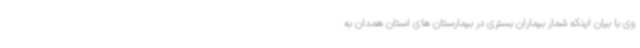
وی با بیان اینکه شمار بیماران بستری در بیمارستان های استان همدان به